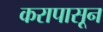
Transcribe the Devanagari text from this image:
करापासून